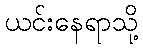
ယင်းနေရာသို့